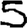
Digit: 5